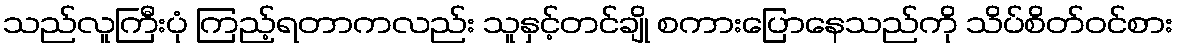
သည်လူကြီးပုံ ကြည့်ရတာကလည်း သူနှင့်တင်ချို စကားပြောနေသည်ကို သိပ်စိတ်ဝင်စား